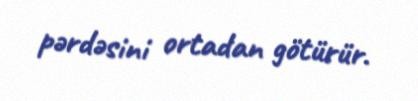
pərdəsini ortadan götürür.